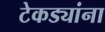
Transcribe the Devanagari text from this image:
टेकड्यांना